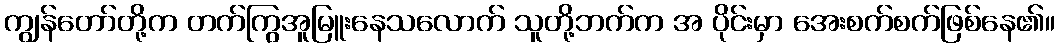
ကျွန်တော်တို့က တက်ကြွအူမြူးနေသလောက် သူတို့ဘက်က အ ပိုင်းမှာ အေးစက်စက်ဖြစ်နေ၏။